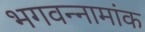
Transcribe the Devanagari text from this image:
भगवन्नामांक